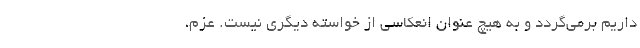
داریم برمی‌گردد و به هیچ عنوان انعکاسی از خواسته دیگری نیست. عزم،